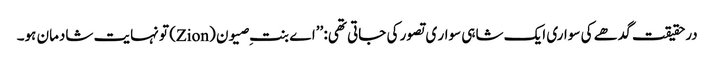
درحقیقت گدھے کی سواری ایک شاہی سوار ی تصور کی جاتی تھی: ’’اے بنتِ صیون (Zion) تو نہایت شادمان ہو۔